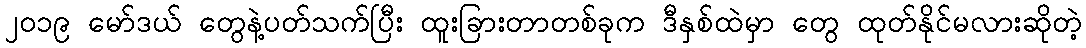
၂၀၁၉ မော်ဒယ် တွေနဲ့ပတ်သက်ပြီး ထူးခြားတာတစ်ခုက ဒီနှစ်ထဲမှာ တွေ ထုတ်နိုင်မလားဆိုတဲ့